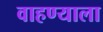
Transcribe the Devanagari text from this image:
वाहण्याला